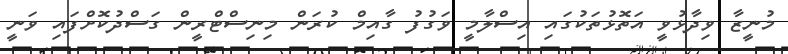
މުނީޒާ ވިދާޅުވީ އަތޮޅުތަކުގައި އިސްލާމީ ވަގުފު ގާއިމް ކުރަން މިނިސްޓްރީން ގަސްދުކޮށްފައި ވަނީ